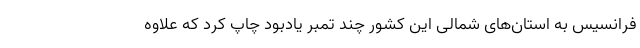
فرانسیس به استان‌های شمالی این کشور چند تمبر یادبود چاپ کرد که علاوه